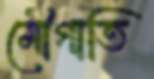
মৌগাতি